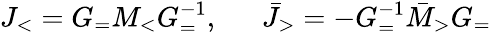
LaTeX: J_{<}=G_{=}M_{<}G_{=}^{-1},~~~~~~\bar{J}_{>}=-G_{=}^{-1}\bar{M}_{>}G_{=}